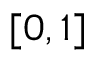
[ 0 , 1 ]